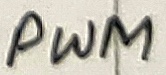
Text: PWM